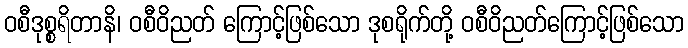
ဝစီဒုစ္စရိတာနိ၊ ဝစီဝိညတ် ကြောင့်ဖြစ်သော ဒုစရိုက်တို့ ဝစီဝိညတ်ကြောင့်ဖြစ်သော